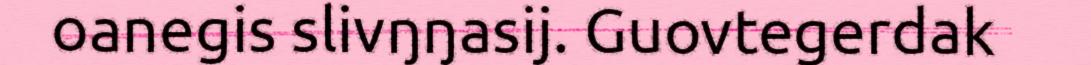
oanegis slivŋŋasij. Guovtegerdak